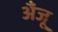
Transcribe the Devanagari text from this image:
अँजू